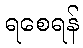
ရစေရန်